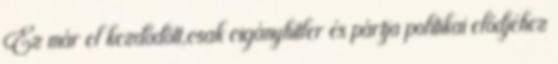
Ez már el kezdődött,csak cigányhitler és pártja politikai elődjéhez